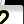
Digit: 2